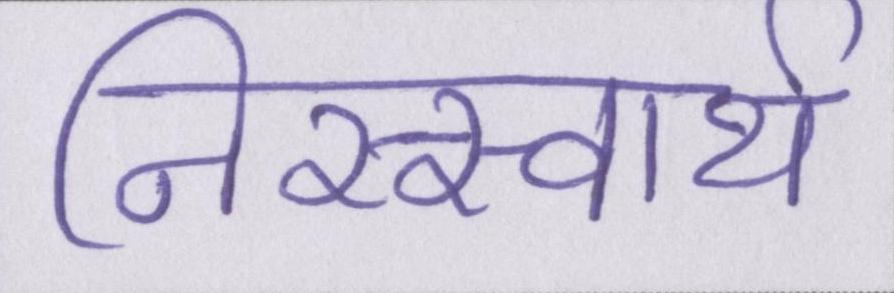
निस्स्वार्थ